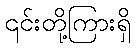
၎င်းတို့ကြားရှိ